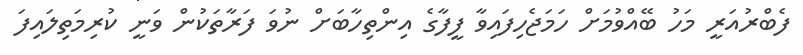
ފެބްރުއަރީ މަހު ބޭއްވުމަށް ހަމަޖެހިފައިވާ ފީފާގެ އިންތިހާބަށް ނުވަ ފަރާތަކުން ވަނީ ކުރިމަތިލައިފަ